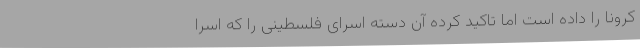
کرونا را داده است اما تاکید کرده آن دسته اسرای فلسطینی را که اسرا